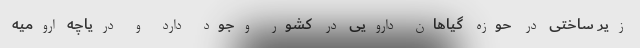
زیر ساختی در حوزه گیاهان دارویی در کشور وجود دارد و دریاچه ارومیه